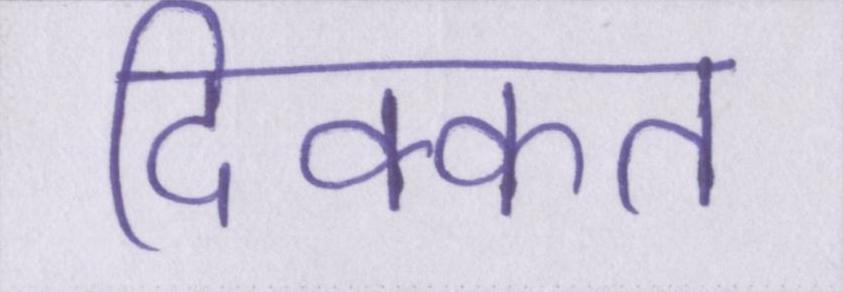
दिक्कत